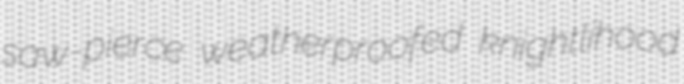
saw-pierce weatherproofed knightlihood